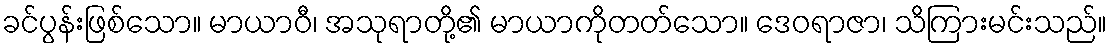
ခင်ပွန်းဖြစ်သော။ မာယာဝီ၊ အသုရာတို့၏ မာယာကိုတတ်သော။ ဒေဝရာဇာ၊ သိကြားမင်းသည်။